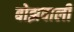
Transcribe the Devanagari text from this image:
बोझवाली